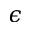
\epsilon